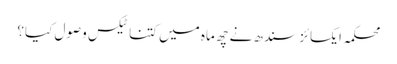
محکمہ ایکسائز سندھ نے چھ ماہ میں کتنا ٹیکس وصول کیا؟